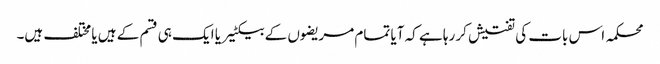
محکمہ اس بات کی تفتیش کر رہا ہے کہ آیا تمام مریضوں کے بیکٹیریا ایک ہی قسم کے ہیں یا مختلف ہیں۔